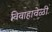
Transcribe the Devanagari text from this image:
विवाहावेळी